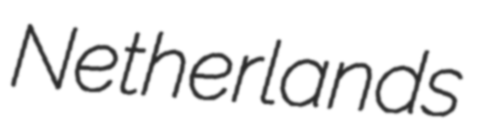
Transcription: Netherlands